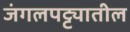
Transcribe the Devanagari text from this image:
जंगलपट्ट्यातील